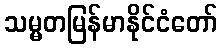
သမ္မတမြန်မာနိုင်ငံတော်